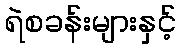
ရဲစခန်းများနှင့်